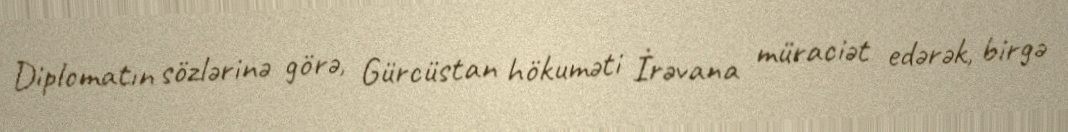
Diplomatın sözlərinə görə, Gürcüstan hökuməti İrəvana müraciət edərək, birgə